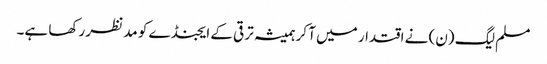
مسلم لیگ (ن) نے اقتدار میں آ کر ہمیشہ ترقی کے ایجنڈے کو مد نظر رکھا ہے۔